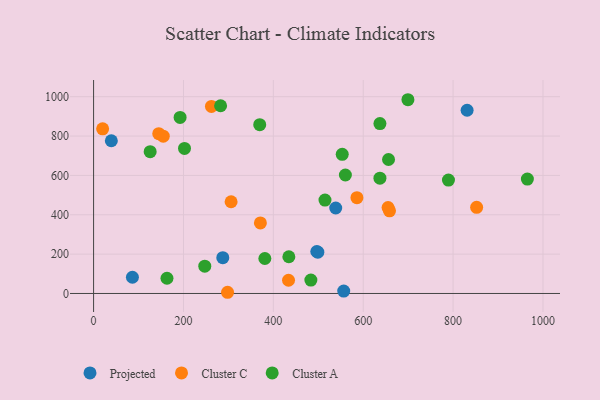
{"axis": {"x": "Ad Spend", "y": "Exam Score"}, "legend": ["Cluster A", "Cluster C", "Projected"], "data": [{"x": "538.8", "y": 434.3, "type": "Projected"}, {"x": "831.2", "y": 931.3, "type": "Projected"}, {"x": "496.7", "y": 213.4, "type": "Projected"}, {"x": "499.0", "y": 209.9, "type": "Projected"}, {"x": "86.4", "y": 82.4, "type": "Projected"}, {"x": "39.5", "y": 776.2, "type": "Projected"}, {"x": "287.5", "y": 181.7, "type": "Projected"}, {"x": "556.6", "y": 12.4, "type": "Projected"}, {"x": "145.0", "y": 812.0, "type": "Cluster C"}, {"x": "658.5", "y": 420.3, "type": "Cluster C"}, {"x": "655.3", "y": 436.6, "type": "Cluster C"}, {"x": "852.4", "y": 438.0, "type": "Cluster C"}, {"x": "155.0", "y": 799.6, "type": "Cluster C"}, {"x": "306.0", "y": 466.3, "type": "Cluster C"}, {"x": "586.0", "y": 487.0, "type": "Cluster C"}, {"x": "433.8", "y": 67.3, "type": "Cluster C"}, {"x": "298.1", "y": 6.1, "type": "Cluster C"}, {"x": "371.2", "y": 358.4, "type": "Cluster C"}, {"x": "20.1", "y": 836.7, "type": "Cluster C"}, {"x": "262.3", "y": 950.7, "type": "Cluster C"}, {"x": "789.7", "y": 576.3, "type": "Cluster A"}, {"x": "163.3", "y": 77.3, "type": "Cluster A"}, {"x": "369.7", "y": 857.7, "type": "Cluster A"}, {"x": "192.5", "y": 894.9, "type": "Cluster A"}, {"x": "282.6", "y": 954.1, "type": "Cluster A"}, {"x": "434.5", "y": 186.6, "type": "Cluster A"}, {"x": "125.9", "y": 720.7, "type": "Cluster A"}, {"x": "637.2", "y": 863.5, "type": "Cluster A"}, {"x": "202.3", "y": 737.2, "type": "Cluster A"}, {"x": "514.9", "y": 474.6, "type": "Cluster A"}, {"x": "637.2", "y": 585.8, "type": "Cluster A"}, {"x": "483.5", "y": 67.9, "type": "Cluster A"}, {"x": "247.4", "y": 138.9, "type": "Cluster A"}, {"x": "553.3", "y": 707.1, "type": "Cluster A"}, {"x": "965.3", "y": 581.2, "type": "Cluster A"}, {"x": "656.3", "y": 680.8, "type": "Cluster A"}, {"x": "381.1", "y": 177.8, "type": "Cluster A"}, {"x": "560.3", "y": 602.1, "type": "Cluster A"}, {"x": "699.5", "y": 984.7, "type": "Cluster A"}]}